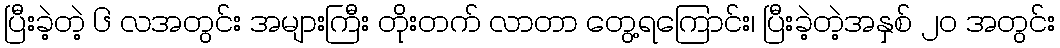
ပြီးခဲ့တဲ့ ၆ လအတွင်း အများကြီး တိုးတက် လာတာ တွေ့ရကြောင်း၊ ပြီးခဲ့တဲ့အနှစ် ၂၀ အတွင်း